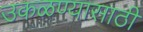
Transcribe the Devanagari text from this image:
उकळण्यासाठी